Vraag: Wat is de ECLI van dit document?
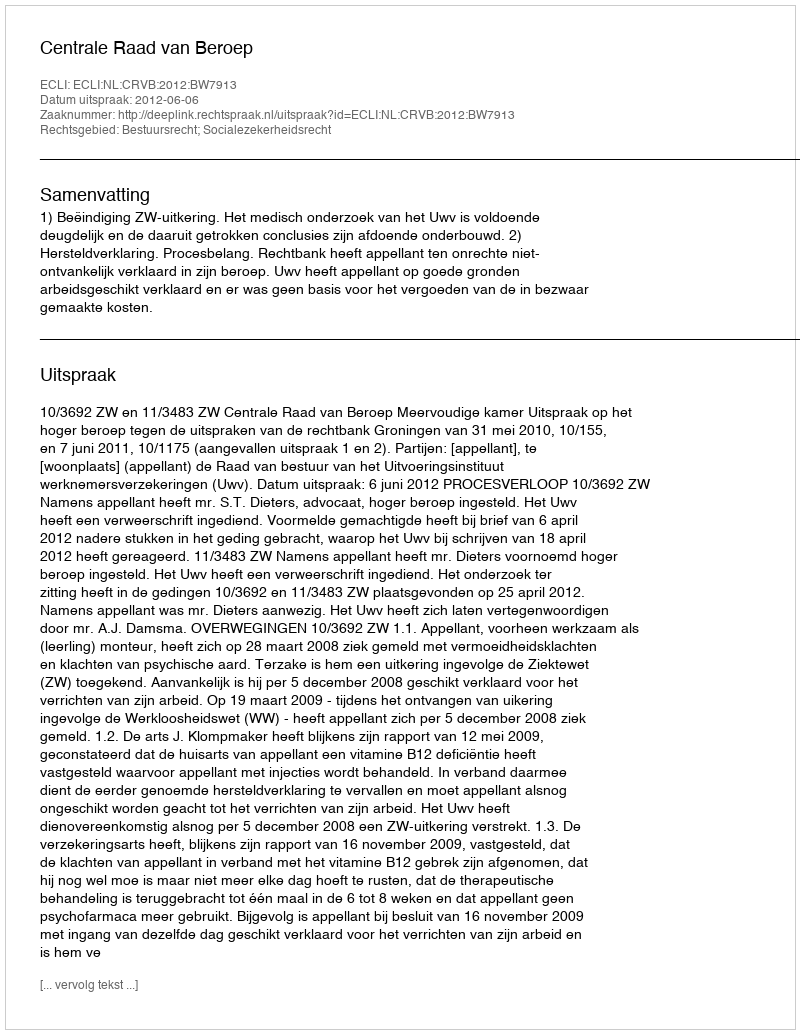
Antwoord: ECLI:NL:CRVB:2012:BW7913